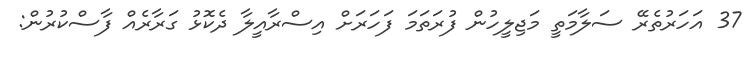
37 އަހަރުތެރޭ ސަލާމަތީ މަޖިލީހުން ފުރަތަމަ ފަހަރަށް އިސްރާއީލާ ދެކޮޅު ގަރާރެއް ފާސްކުރުން: